Lunatic asylums Bombay report 1878-1890 - 1878-1890
Year: 1878
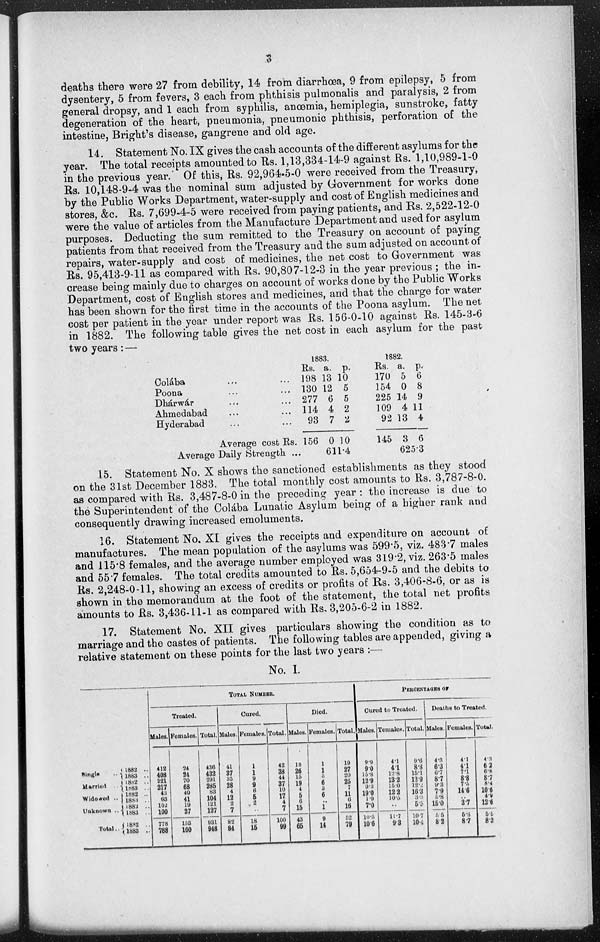
3
deaths there were 27 from debility, 14 from diarrhœa, 9 from epilepsy, 5 from
dysentery, 5 from fevers, 3 each from phthisis pulmonalis and paralysis, 2 from
general dropsy, and 1 each from syphilis, anœmia, hemiplegia, sunstroke, fatty
degeneration of the heart, pneumonia, pneumonic phthisis, perforation of the
intestine, Bright's disease, gangrene and old age.
14. Statement No. IX gives the cash accounts of the different asylums for the
year. The total receipts amounted to Rs. 1,13,334-14-9 against Rs. 1,10,989-1-0
in the previous year. Of this, Rs. 92,964-5-0 were received from the Treasury,
Rs. 10,148-9-4 was the nominal sum adjusted by Government for works done
by the Public Works Department, water-supply and cost of English medicines and
stores, &c. Rs. 7,699-4-5 were received from paying patients, and Rs. 2,522-12-0
were the value of articles from the Manufacture Department and used for asylum
purposes. Deducting the sum remitted to the Treasury on account of paying
patients from that received from the Treasury and the sum adjusted on account of
repairs, water-supply and cost of medicines, the net cost to Government was
Rs. 95,413-9-11 as compared with Rs. 90,807-12-3 in the year previous ; the in-
crease being mainly due to charges on account of works done by the Public Works
Department, cost of English stores and medicines, and that the charge for water
has been shown for the first time in the accounts of the Poona asylum. The net
cost per patient in the year under report was Rs. 156-0-10 against Rs. 145-3-6
in 1882. The following table gives the net cost in each asylum for the past
two years : —
Colába ... ...
Poona ... ...
Dhárwár ... ...
Ahmedabad ... ...
Hyderabad ... ...
Average cost Rs.
Average Daily Strength ...
1883.
Rs.
198
130
277
114
93
156
a.
13
12
6
4
7
0
p.
10
5
5
2
2
10
611.4
1882.
Rs.
170
154
225
109
92
145
a.
5
0
14
4
13
3
p.
6
8
9
11
4
6
625.3
15. Statement No. X shows the sanctioned establishments as they stood
on the 31st December 1883. The total monthly cost amounts to Rs. 3,787-8-0.
as compared with Rs. 3,487-8-0 in the preceding year : the increase is due to
the Superintendent of the Colába Lunatic Asylum being of a higher rank and
consequently drawing increased emoluments.
16. Statement No. XI gives the receipts and expenditure on account of
manufactures. The mean population of the asylums was 599.5, viz. 483.7 males
and 115.8 females, and the average number employed was 319.2, viz. 263.5 males
and 55.7 females. The total credits amounted to Rs. 5,654-9-5 and the debits to
Rs. 2,248-0-11, showing an excess of credits or profits of Rs. 3,406-8-6, or as is
shown in the memorandum at the foot of the statement, the total net profits
amounts to Rs. 3,436-11-1 as compared with Rs. 3,205-6-2 in 1882.
17. Statement No. XII gives particulars showing the condition as to
marriage and the castes of patients. The following tables are appended, giving a
relative statement on these points for the last two years ;—
No. I.
Single ..
Married ..
Widowed ..
Unknown ..
Total ..
1882 ..
1883 ..
1882
..
1883
..
1882
..
1883
..
1882
..
1883 ..
1882
..
1883 ..
TOTAL NUMBER.
Treated.
Males.
412
408
221
217
43
63
102
100
778
788
Females.
24
24
70
68
40
41
19
27
153
160
Total.
436
432
291
285
83
104
121
127
931
948
Cured.
Males.
41
87
35
28
4
12
2
7
82
84
Females.
1
1
9
9
6
5
2
..
18
15
Total.
42
38
44
37
10
17
4
7
100
99
Died.
Males.
18
26
15
19
4
5
6
15
43
65
Females.
1
1
5
6
3
6
... ...
1
9
14
Total.
10
27
20
25
7
11
6
16
52
79
PERCENTAGES OF
Cured to Treated.
Males.
9.9
9.0
15.8
12.9
9.3
19.0
1.9
7.0
10.5
10.6
Temales.
4.1
4.1
12.8
13.2
15.0
12.2
10.5
..
11.7
9.3
Total.
9.6
8.8
15.1
12.9
12.2
16.3
3.3
5.5
10.7
10.4
Deaths to Treated.
Males.
4.3
6.3
6.7
8.7
9.3
7.9
5.8
15.0
5.5
8.2
Females.
4.1
4.1
7.1
8.8
7.5
14.6
.. 3.7
5.8
8.7
Total.
4.3
6.2
6.8
8.7
8.4
10.6
4.9
12 6
5.5
8.3